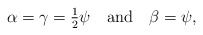
\begin{align*}\alpha =\gamma={\textstyle{1\over2}}\psi \quad \mbox{and} \quad\beta = \psi ,\end{align*}